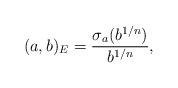
LaTeX: \begin{align*}(a,b)_{E} = \frac{\sigma_{a}(b^{1/n})}{b^{1/n}},\end{align*}